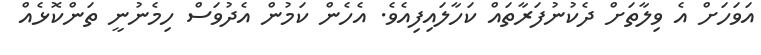
އަވަހަށް އެ ވިލާތަށް ދެކުނުފަރާތައް ކަހާލައިފިއެވެ. އެހެން ކަމުން އެދުވަސް ހިމެނުނީ ތަންކޮޅެއް